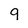
Character: 9